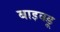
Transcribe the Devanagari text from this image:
बाइक्डू